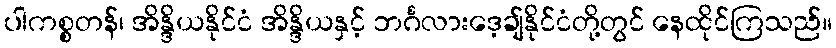
ပါကစ္စတန်၊ အိန္ဒိယနိုင်ငံ အိန္ဒိယနှင့် ဘင်္ဂလားဒေ့ချ်နိုင်ငံတို့တွင် နေထိုင်ကြသည်။